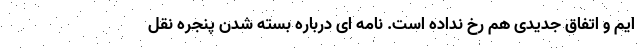
ایم و اتفاق جدیدی هم رخ نداده است. نامه ای درباره بسته شدن پنجره نقل